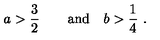
{ { a } } > { \frac { 3 } { 2 } } \qquad \mathrm { a n d } \quad { { b } } > { \frac { 1 } { 4 } } \ .